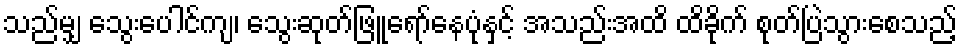
သည်မျှ သွေးပေါင်ကျ၊ သွေးဆုတ်ဖြူရော်နေပုံနှင့် အသည်းအထိ ထိခိုက် စုတ်ပြဲသွားစေသည့်